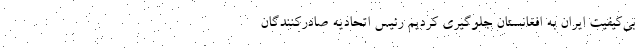
بی‌کیفیت ایران به افغانستان جلوگیری کردیم رئیس اتحادیه صادرکنندگان